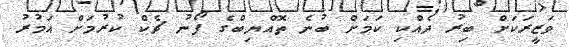
ވަޒީރަކަށް ބިރު ދެއްކި ކަމަށް ބުނެ ތޮއްޔިބްގެ ފޯނު ޗެކް ކުރުމަށް އަމުރު